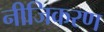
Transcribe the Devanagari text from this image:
नीजिकरण